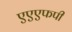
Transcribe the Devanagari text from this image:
एएएफपी